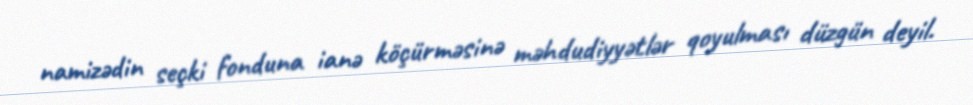
namizədin seçki fonduna ianə köçürməsinə məhdudiyyətlər qoyulması düzgün deyil.